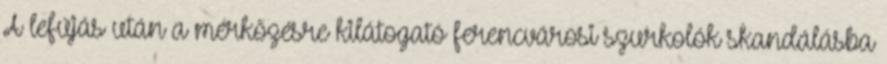
A lefújás után a mérkőzésre kilátogató ferencvárosi szurkolók skandálásba